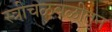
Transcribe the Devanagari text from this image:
स्त्रीचळवळीतून